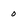
Character: 0